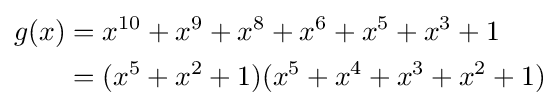
{\begin{aligned}g(x)&=x^{10}+x^{9}+x^{8}+x^{6}+x^{5}+x^{3}+1\\&=(x^{5}+x^{2}+1)(x^{5}+x^{4}+x^{3}+x^{2}+1)\end{aligned}}